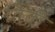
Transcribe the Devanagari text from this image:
तिती